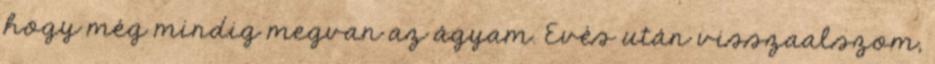
hogy még mindig megvan az ágyam. Evés után visszaalszom,